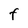
Character: F